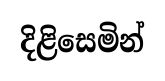
දිළිසෙමින්